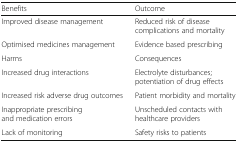
| Benefits | Outcome |
 | --- | --- |
 | Improved disease management | Reduced risk of disease complications and mortality |
 | Optimised medicines management | Evidence based prescribing |
 | Harms | Consequences |
 | Increased drug interactions | Electrolyte disturbances; potentiation of drug effects |
 | Increased risk adverse drug outcomes | Patient morbidity and mortality |
 | Inappropriate prescribing and medication errors | Unscheduled contacts with healthcare providers |
 | Lack of monitoring | Safety risks to patients |